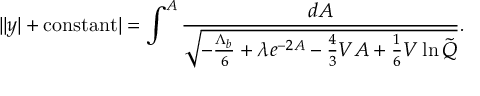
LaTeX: | | y | + \mathrm { c o n s t a n t } | = \int ^ { A } \frac { d A } { \sqrt { - \frac { \Lambda _ { b } } { 6 } + \lambda e ^ { - 2 A } - \frac 4 3 V A + \frac 1 6 V \ln \tilde { Q } } } .